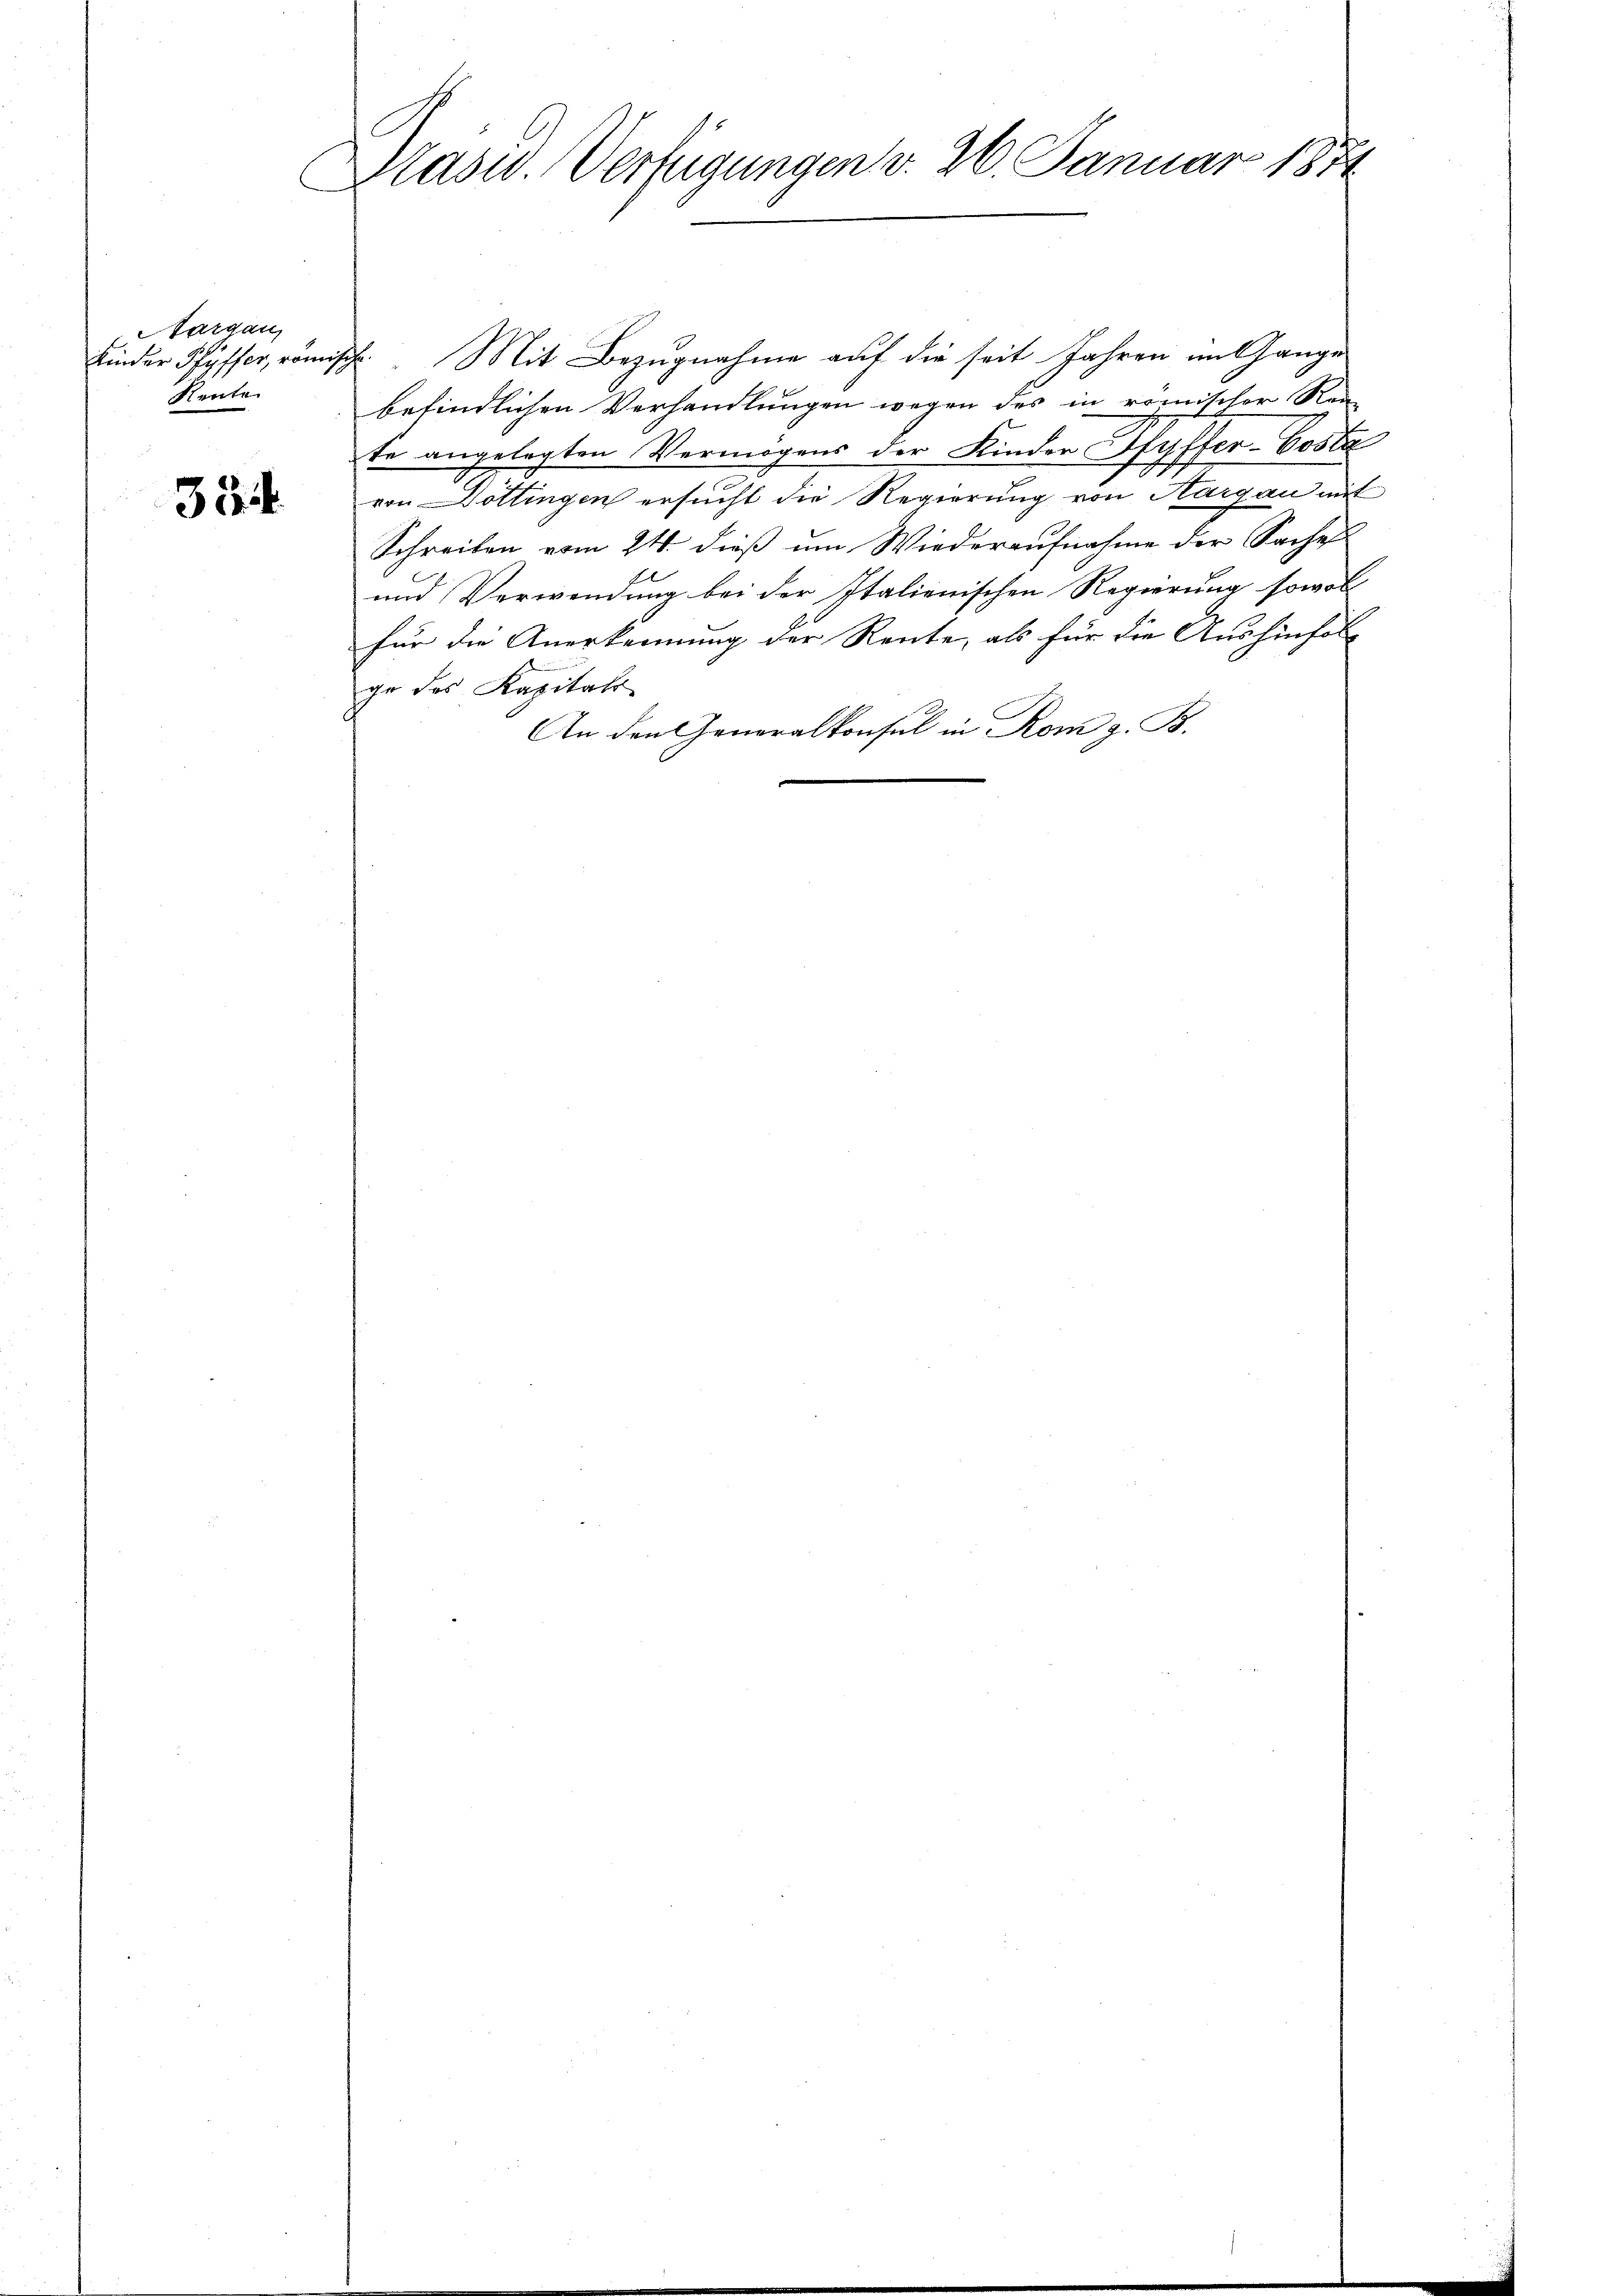
Nargau,
Kinder Pfyffer, könn
Rente

334

Pasw. Verfügungen v. 26. Januar 1874
C

Hch. Mit Bezugnahme auf die seit Jahren mit ange
befindlichen Verhandlungen wegen des in römischer Rei-
te angelegten Vermögens der Kinder Hyffer-Costa
von Döttingen ersucht die Regierung von Hargau mit
Schreiben vom 24. dieß um Wiederaufnahme der Saches
und Verwendung bei der Italienischen Regierung sowol
für die Anerkennung der Rente, als für die Aushinfolg
ge des Kapital
An den Generalkonsul in Rom z. B.